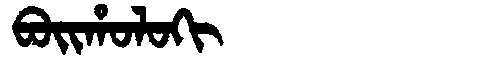
Manchu: ᠪᠣᡳᡥᠣᠯᠣᡴᡳ
Romanization: BOIHOLOKI